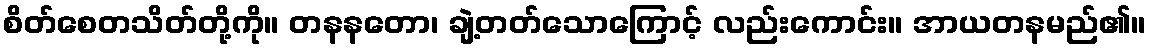
စိတ်စေတသိတ်တို့ကို။ တနနတော၊ ချဲ့တတ်သောကြောင့် လည်းကောင်း။ အာယတနမည်၏။